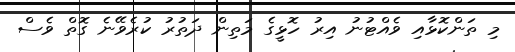
މި ތަންކޮޅާއި ވެއްޓުނު އިރު ހޮޅީގެ މަތިން ދަތުރު ކުރެވޭނެ ގޮތް ވެސް